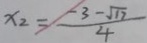
x _ { 2 } = \frac { - 3 - \sqrt { 1 7 } } { 4 }